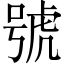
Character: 號